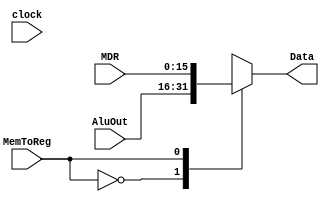
module muxData (clock, MDR, AluOut,MemToReg, Data);
	input  [15:0]MDR;
	input  [15:0]AluOut;
	input  MemToReg;
	input  clock;
	output [15:0]Data;

	reg [15:0] Reg;


	always@(clock or MDR or AluOut)begin //tava so clock
		/*if(MemToReg == 1'b0) Reg = AluOut;
		else Reg = MDR;*/
		case(MemToReg)
		  1'b0: Reg = AluOut;
		  1'b1: Reg = MDR;
		endcase
		
	end

	assign Data = Reg;

endmodule